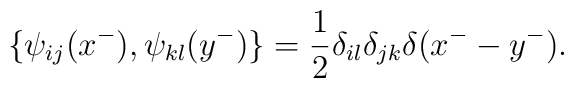
\{\psi_{ij}(x^-),\psi_{kl}(y^-)\}=\frac{1}{2}\delta_{il}\delta_{jk}\delta(x^- -y^-).